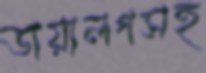
ডায়ালগসহ